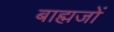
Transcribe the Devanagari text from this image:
बाह्मजों